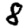
Digit: 8